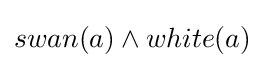
swan(a)\land white(a)